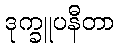
ဒုက္ခူပနီတာ